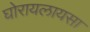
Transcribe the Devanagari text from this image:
घोरायलायसा